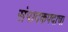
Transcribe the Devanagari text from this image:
संपादकपदाचा